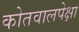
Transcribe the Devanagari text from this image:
कोतवालपेक्षा